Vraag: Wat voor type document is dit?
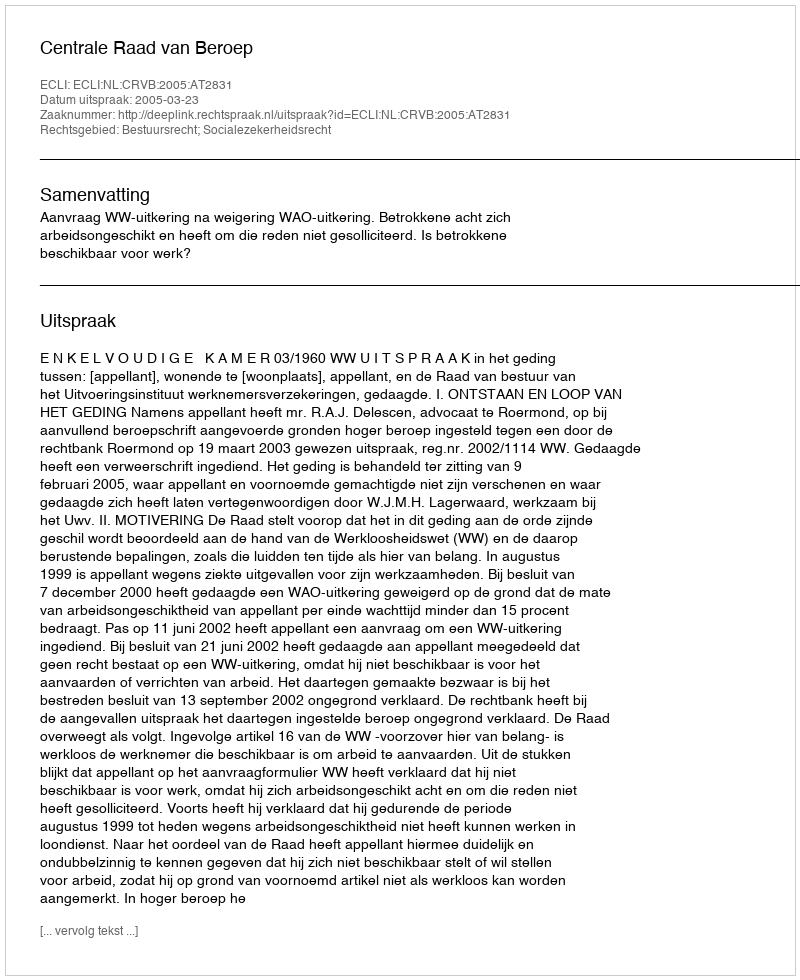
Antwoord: Uitspraak